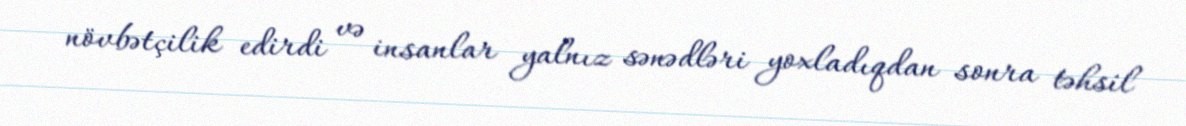
növbətçilik edirdi və insanlar yalnız sənədləri yoxladıqdan sonra təhsil